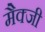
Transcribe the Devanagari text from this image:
मैक्जी